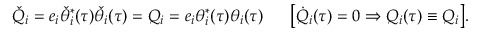
{ \check { Q } } _ { i } = e _ { i } \check { \theta } _ { i } ^ { \ast } ( \tau ) \check { \theta } _ { i } ( \tau ) = Q _ { i } = e _ { i } \theta _ { i } ^ { \ast } ( \tau ) \theta _ { i } ( \tau ) ~ ~ ~ ~ ~ \big [ \dot { Q } _ { i } ( \tau ) = 0 \Rightarrow Q _ { i } ( \tau ) \equiv Q _ { i } \big ] .